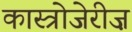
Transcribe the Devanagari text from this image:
कास्त्रोजेरीज़